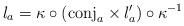
LaTeX: \begin{align*}l_a & = \kappa\circ(\textrm{conj}_a\times l^\prime_a)\circ\kappa^{-1}\end{align*}